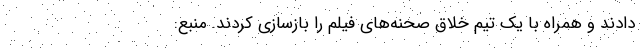
دادند و همراه با یک تیم خلاق صحنه‌های فیلم را بازسازی کردند. منبع: